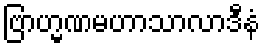
ဗြာဟ္မဏမဟာသာလာဒီနံ